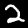
Label: 2